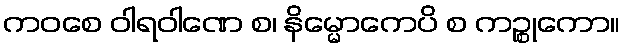
ကဝစေ ဝါရဝါဏေ စ၊ နိမ္မောကေပိ စ ကဉ္စုကော။